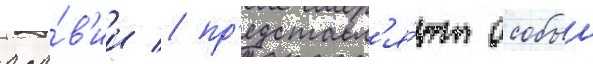
ара́в'ии / пр'едставл'я́ют особыи